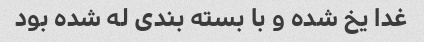
غدا یخ شده و با بسته بندی له شده بود